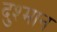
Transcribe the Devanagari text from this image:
दुश्मान